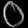
Digit: ၀